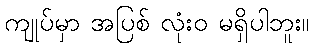
ကျုပ်မှာ အပြစ် လုံးဝ မရှိပါဘူး။